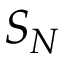
S _ { N }